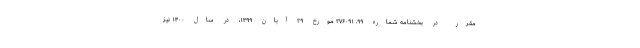
مقرر در بخشنامه شماره ۹۹. ۲۷۶۰۹۱ مورخ ۲۹ آبان ۱۳۹۹، در سال ۱۴۰۰ نیز